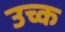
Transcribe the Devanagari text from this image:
उच्क